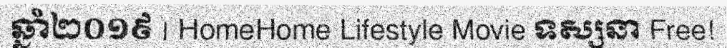
ឆ្នាំ២០១៩ | HomeHome Lifestyle Movie ទស្សនា Free!